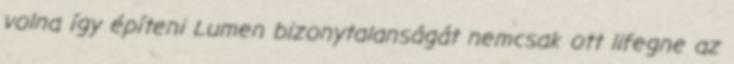
volna így építeni Lumen bizonytalanságát nemcsak ott lifegne az